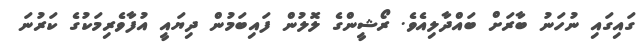
ގައިގައި ނުހަނު ބާރަށް ބައްދާލިއެވެ. ރޯޝީންގެ ލޮލުން ފައިބަމުން ދިޔައީ އުފާވެރިމަކުގެ ކަރުނަ